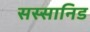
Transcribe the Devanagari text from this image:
सस्सानिड